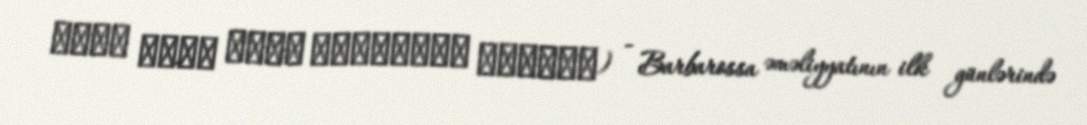
הטבח בחצר מוסך לייטוקיס בקובנה) - Barbarossa əməliyyatının ilk günlərində